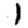
Digit: 1